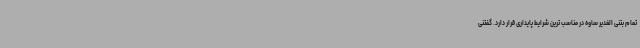
تمام بتنی الغدیر ساوه در مناسب ترین شرایط پایداری قرار دارد. گفتنی